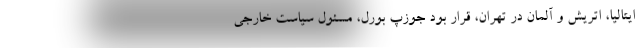
ایتالیا، اتریش و آلمان در تهران، قرار بود جوزپ بورل، مسئول سیاست خارجی